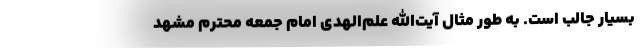
بسیار جالب است. به طور مثال آیت‌الله علم‌الهدی امام جمعه محترم مشهد